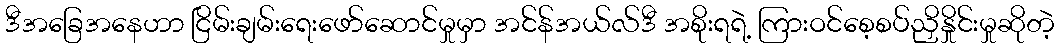
ဒီအခြေအနေဟာ ငြိမ်းချမ်းရေးဖော်ဆောင်မှုမှာ အင်န်အယ်လ်ဒီ အစိုးရရဲ့ ကြားဝင်စေ့စပ်ညှိနှိုင်းမှုဆိုတဲ့